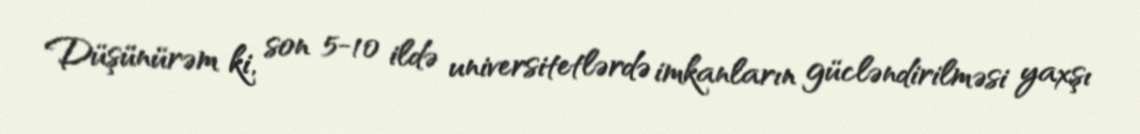
Düşünürəm ki, son 5-10 ildə universitetlərdə imkanların gücləndirilməsi yaxşı